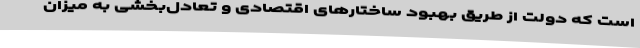
است که دولت از طریق بهبود ساختارهای اقتصادی و تعادل‌بخشی به میزان